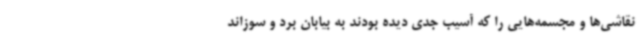
نقاشی‌ها و مجسمه‌هایی را که آسیب جدی دیده بودند به بیابان برد و سوزاند